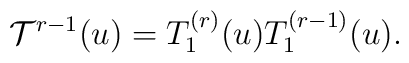
{\cal T}^{r-1}(u)=T_{1}^{(r)}(u)T_{1}^{(r-1)}(u).